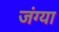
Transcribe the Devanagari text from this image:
जंग्या